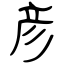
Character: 彦